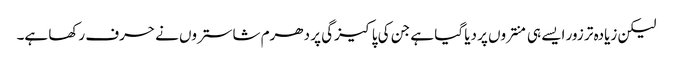
لیکن زیادہ تر زور ایسے ہی منتروں پر دیا گیا ہے جن کی پاکیزگی پر دھرم شاستروں نے حرف رکھا ہے۔